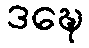
ဒဍ္ဎေ